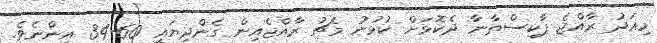
މިއަދު ރާއްޖެ ޕާކިސްތާނާ ދެކޮޅަށް ކުޅުނު މެޗު ރާއްޖެއިން ގެންދިޔައީ 60-34 އިންނެވެ.